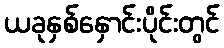
ယခုနှစ်နှောင်းပိုင်းတွင်